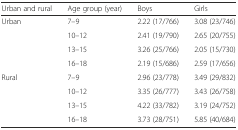
| Urban and rural | Age group (year) | Boys | Girls |
 | --- | --- | --- | --- |
 | <ROWSPAN=4> Urban | 7–9 | 2.22 (17/766) | 3.08 (23/746) |
 | 10–12 | 2.41 (19/790) | 2.65 (20/755) |
 | 13–15 | 3.26 (25/766) | 2.05 (15/730) |
 | 16–18 | 2.19 (15/686) | 2.59 (17/656) |
 | <ROWSPAN=4> Rural | 7–9 | 2.96 (23/778) | 3.49 (29/832) |
 | 10–12 | 3.35 (26/777) | 3.43 (26/758) |
 | 13–15 | 4.22 (33/782) | 3.19 (24/752) |
 | 16–18 | 3.73 (28/751) | 5.85 (40/684) |